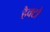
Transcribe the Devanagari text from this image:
हैक्टो